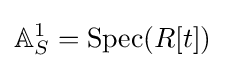
\mathbb {A} _{S}^{1}=\operatorname {Spec} (R[t])